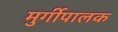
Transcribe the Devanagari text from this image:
मुर्गीपालक